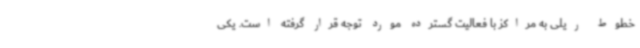
خطوط ریلی به مراکز با فعالیت‌ گسترده مورد توجه قرار گرفته است. یکی